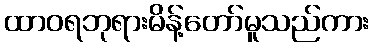
ထာဝရဘုရားမိန့်တော်မူသည်ကား